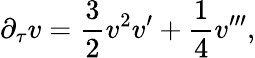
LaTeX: \partial_{\tau}v=\frac{3}{2}v^{2}v^{\prime}+\frac{1}{4}v^{\prime\prime\prime},